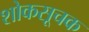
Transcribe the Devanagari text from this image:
शोकसूचक